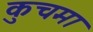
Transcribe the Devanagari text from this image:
कुचमा